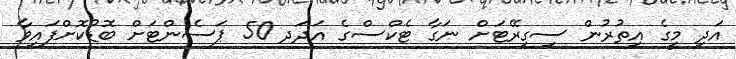
އަދި މީގެ އިތުރުން ސިގިރޭޓަށް ނަގާ ޓެކްސްގެ އަދަދ 50 ޕަސެންޓަށް ބޮޑުކޮށްފައިވާ